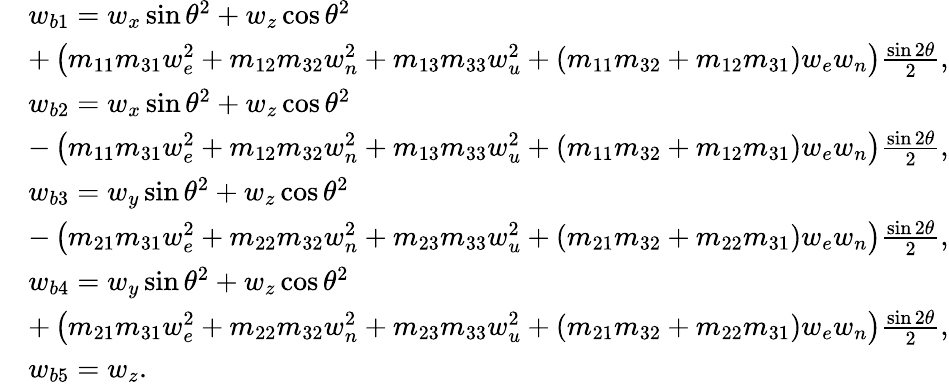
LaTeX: \begin{array}{rl}&{w_{b1}=w_{x}\sin\theta^{2}+w_{z}\cos\theta^{2}}\\ &{+\left(m_{11}m_{31}w_{e}^{2}+m_{12}m_{32}w_{n}^{2}+m_{13}m_{33}w_{u}^{2}+(m_{11}m_{32}+m_{12}m_{31})w_{e}w_{n}\right)\frac{\sin{2\theta}}{2},}\\ &{w_{b2}=w_{x}\sin\theta^{2}+w_{z}\cos\theta^{2}}\\ &{-\left(m_{11}m_{31}w_{e}^{2}+m_{12}m_{32}w_{n}^{2}+m_{13}m_{33}w_{u}^{2}+(m_{11}m_{32}+m_{12}m_{31})w_{e}w_{n}\right)\frac{\sin{2\theta}}{2},}\\ &{w_{b3}=w_{y}\sin\theta^{2}+w_{z}\cos\theta^{2}}\\ &{-\left(m_{21}m_{31}w_{e}^{2}+m_{22}m_{32}w_{n}^{2}+m_{23}m_{33}w_{u}^{2}+(m_{21}m_{32}+m_{22}m_{31})w_{e}w_{n}\right)\frac{\sin{2\theta}}{2},}\\ &{w_{b4}=w_{y}\sin\theta^{2}+w_{z}\cos\theta^{2}}\\ &{+\left(m_{21}m_{31}w_{e}^{2}+m_{22}m_{32}w_{n}^{2}+m_{23}m_{33}w_{u}^{2}+(m_{21}m_{32}+m_{22}m_{31})w_{e}w_{n}\right)\frac{\sin{2\theta}}{2},}\\ &{w_{b5}=w_{z}.}\end{array}